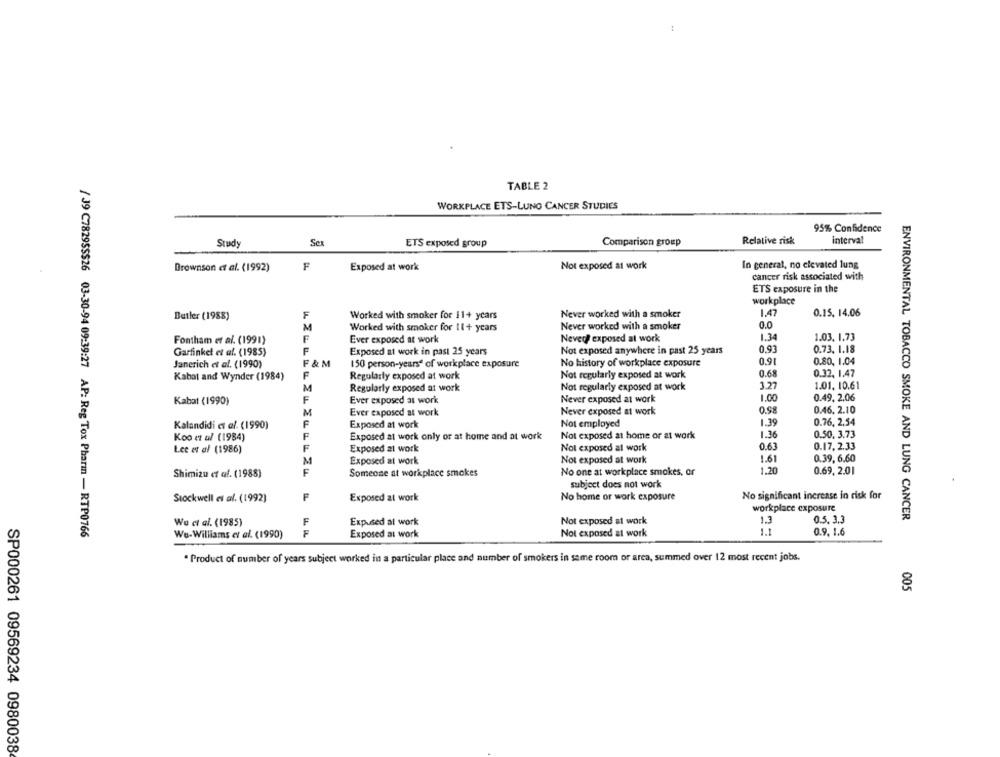
TABLE 2
WORKPLACE ETS-LUNG CANCER STUDIES
95% Confidence
Study
Se
ETS exposed group
Comparison group
Relative risk
interval
Exposed at work
Not exposed at work
In general, no elevated lung
Brownson et al. (1992)
F
cancer risk associated with
ETS exposure in the
workplace
Butler (1988)
F
Worked with smoker for 11+ years
Never worked with a smoker
1.47
0.15. 14.06
Never worked with a smoker
0.0
M
Worked with smoker for 11+ years
Fontham et al. (1991)
F
Ever exposed at work
Never exposed at work
1.34
1.03. 1.73
0.93
0.73. 1.18
Garfinkel et al. (1985)
F
Exposed at work in past 25 years
Not exposed anywhere in past 25 years
Janerich et al. (1990)
F & M
150 person-years" of workplace exposure
No history of workplace exposure
0.91
0.80. 1.04
0.68
Kabat and Wynder (1984)
F
Regularly exposed at work
Not regularly exposed at work
0.32. 1.47
M
Not regularly exposed at work
3.27
1.01. 10.61
Regularly exposed at work
Kabat (1990)
F
Ever exposed at work
Never exposed at work
1.00
0.49. 2.06
0.98
M
Ever exposed at work
Never exposed at work
0.46. 2.10
Kalandidi et al. (1990)
F
Exposed at work
Not employed
1.39
0.76, 2,54
Koo et al (1984)
F
Exposed at work only or at home and at work
Not exposed at home or at work
1.36
0.50. 3.73
Not exposed al work
0.61
0.17. 2.33
Lee et al (1986)
F
Exposed at work
M
Exposed at work
Not exposed at work
1.61
0.39, 6.60
1.20
Shimizu et af. (1988)
F
Someone at workplace smokes
No one at workplace smokes, or
0.69, 2.01
subject does not work
Stockwell et al. (1992)
F
Exposed at work
No home or work exposure
No significant increase in risk for
workplace exposure
Wu et al. (1985)
F
Expused at work
Not exposed at work
1.3
0.5. 3.3
ENVIRONMENTAL TOBACCO SMOKE AND LUNG CANCER
/ 39 C7829SSS26 03-30-94 09:39:27 AP: Reg Tox Pharm - RTP0766
Wu-Williams et al. (1990)
F
Exposed at work
Not exposed at work
0.9. 1.6
· Product of number of years subject worked in a particular place and number of smokers in same room or area, summed over 12 most recent jobs.
005
SP000261 09569234 0980038